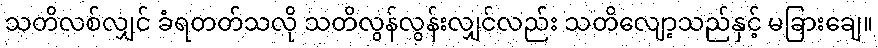
သတိလစ်လျှင် ခံရတတ်သလို သတိလွန်လွန်းလျှင်လည်း သတိလျော့သည်နှင့် မခြားချေ။